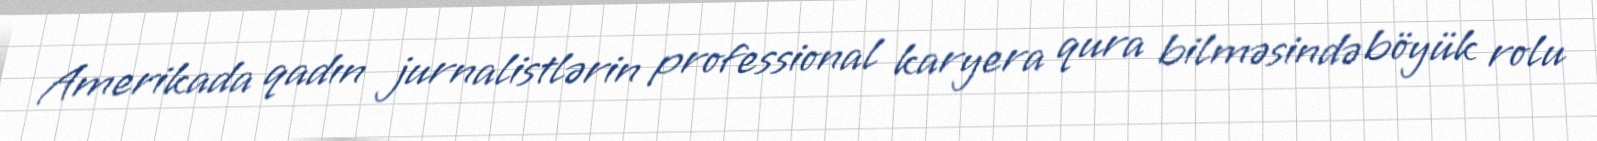
Amerikada qadın jurnalistlərin professional karyera qura bilməsində böyük rolu